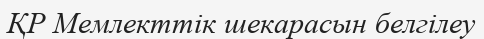
ҚР Мемлекттік шекарасын белгілеу